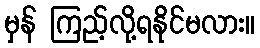
မှန် ကြည့်လို့ရနိုင်မလား။